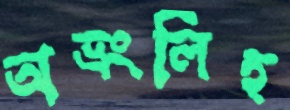
অভ্রংলিহ